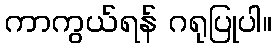
ကာကွယ်ရန် ဂရုပြုပါ။